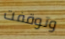
وتوقفت